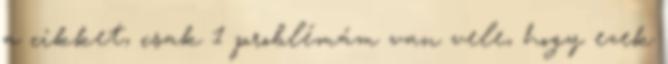
a cikket, csak 1 problémám van vele, hogy ezek